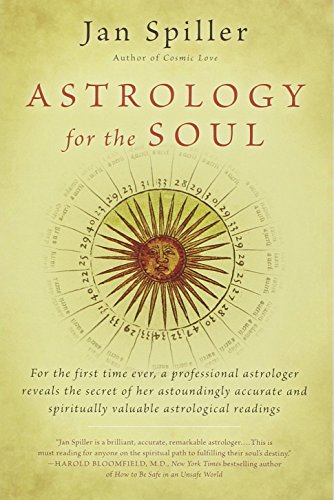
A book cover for Astrology for the Soul (Bantam Classics); Jan Spiller; Religion & Spirituality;